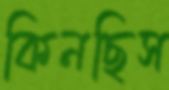
কিনছিস